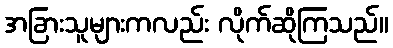
အခြားသူများကလည်း လိုက်ဆိုကြသည်။